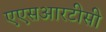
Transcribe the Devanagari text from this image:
एएसआरटीसी